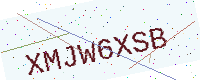
Text: XMJW6XSB